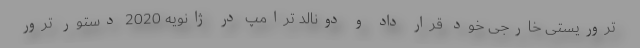
تروریستی خارجی خود قرار داد و دونالد ترامپ در ژانویه 2020 دستور ترور